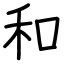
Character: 和